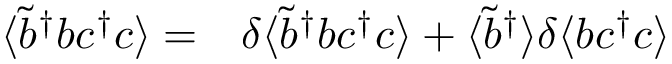
\begin{array} { r l } { \langle \tilde { b } ^ { \dagger } b c ^ { \dagger } c \rangle = } & { { } \delta \langle \tilde { b } ^ { \dagger } b c ^ { \dagger } c \rangle + \langle \tilde { b } ^ { \dagger } \rangle \delta \langle b c ^ { \dagger } c \rangle } \end{array}